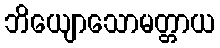
ဘိယျောသောမတ္တာယ